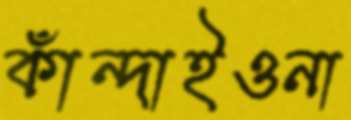
কাঁন্দাইওনা